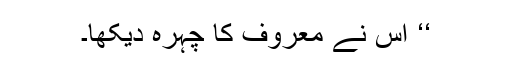
‘‘ اس نے معروف کا چہرہ دیکھا۔